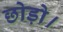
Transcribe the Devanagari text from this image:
छोड़ो।